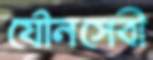
যৌনসেবী